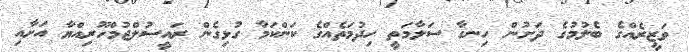
ވަޒީރެއްގެ ބެލުމުގެ ދަށުން ހިނގާ ސަލާމަތީ ހިދުމަތެއްގެ ކަންކަމާ ގުޅިގެން ރައީސުލްޖުމްހޫރިއްޔާ އަށާއި